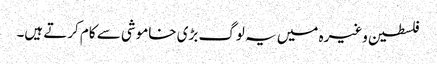
فلسطین وغیرہ میں یہ لوگ بڑی خاموشی سے کام کرتے ہیں۔